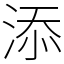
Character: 添